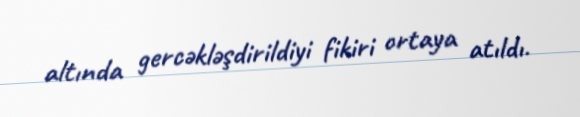
altında gercəkləşdirildiyi fikiri ortaya atıldı.